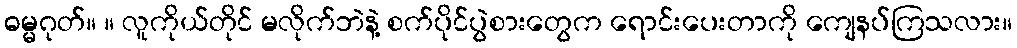
ဓမ္မဂုတ်။ ။ လူကိုယ်တိုင် မလိုက်ဘဲနဲ့ စက်ပိုင်ပွဲစားတွေက ရောင်းပေးတာကို ကျေနပ်ကြသလား။